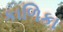
કાળિકા